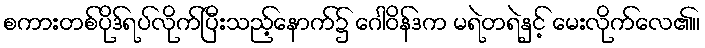
စကားတစ်ပိုဒ်ရပ်လိုက်ပြီးသည့်နောက်၌ ဂေါဝိန်ဒက မရဲတရဲနှင့် မေးလိုက်လေ၏။